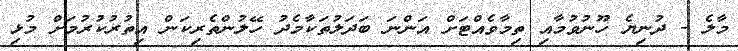
މާލެ - ދުނިޔެ ހޫނުވުމާއި ތިމާވެއްޓަށް އަންނަ ބަދަލުތަކާމެދު ހޭލުންތެރިކަން އިތުރުކުރުމަށް މުޅި